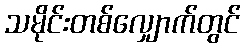
သမိုင်းတစ်လျှောက်တွင်